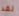
لقد